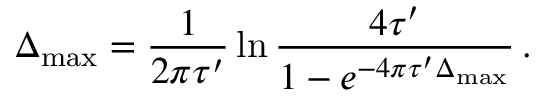
\Delta _ { \operatorname * { m a x } } = { \frac { 1 } { 2 \pi \tau ^ { \prime } } } \ln { \frac { 4 \tau ^ { \prime } } { 1 - e ^ { - 4 \pi \tau ^ { \prime } \Delta _ { \operatorname * { m a x } } } } } \, .